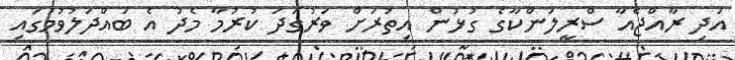
އަދި ރާއްޖެއާ ސްރީލަންކާގެ ގުޅުން އިތުރަށް ވަރުގަދަ ކުރުމާ މެދު އެ ބައްދަލުވުމުގައި